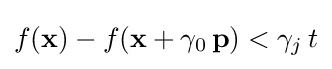
f(\mathbf {x} )-f(\mathbf {x} +\gamma _{0}\,\mathbf {p} )<\gamma _{j}\,t